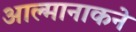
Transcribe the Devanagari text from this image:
आल्मानाकने